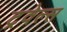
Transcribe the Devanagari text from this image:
ट्रवेल्स